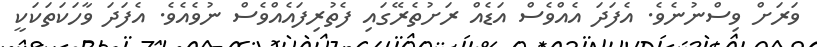
ވަރަށް ވިސްނުނެވެ. އެފަދަ އެއްވެސް އަޑެއް ރަށުތެރޭގައި ފެތުރިފައެއްވެސް ނުވެއެވެ. އެފަދަ ވާހަކަތަކަކީ